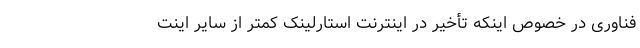
فناوری در خصوص اینکه تأخیر در اینترنت استارلینک کمتر از سایر اینت